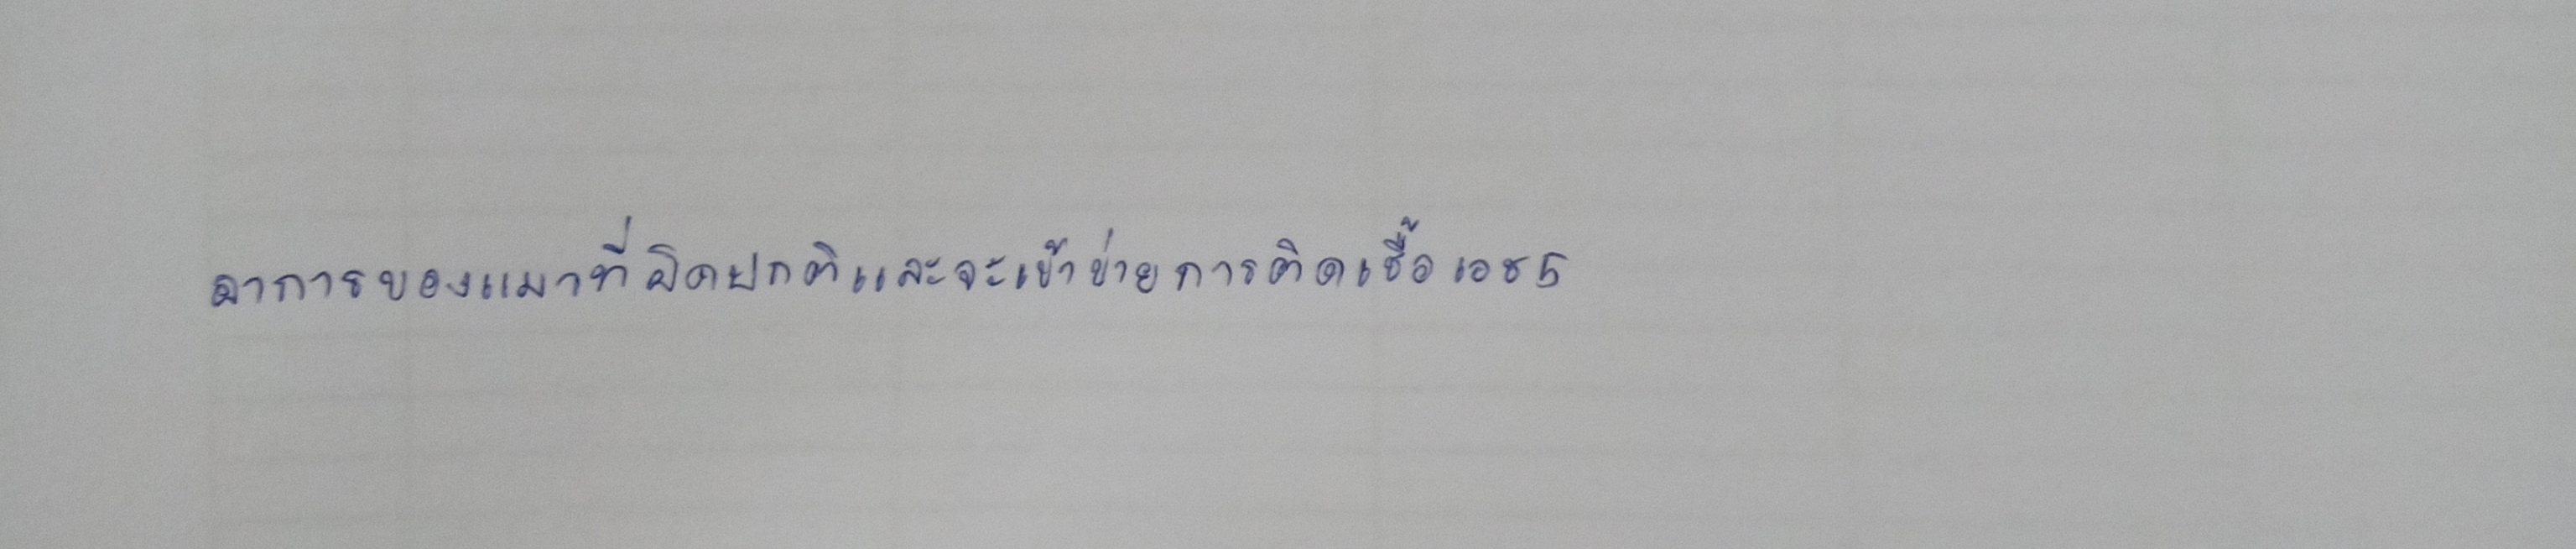
อาการของแมวที่ผิดปกติและจะเข้าข่ายการติดเชื้อเอช5